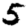
Digit: 5